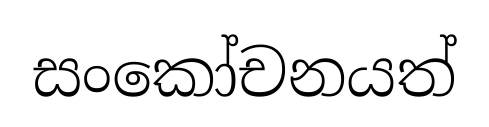
සංකෝචනයත්